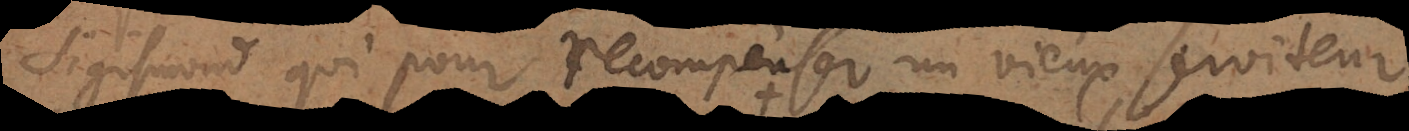
Sigismond qui pour recompenser un vieux serviteur